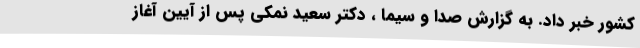
کشور خبر داد. به گزارش صدا و سیما ، دکتر سعید نمکی پس از آیین آغاز